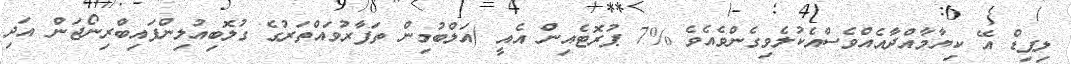
ލިޕިޑް އޭ ކިޔާމާއްދާއެއްވެސްއެކުލެވިގެންވެއެވެ %7 ޕުރޮޓެއިން އެއީ (އަލްބުމިން ތަފާރުވައްތަރުގެ ގުލޮބިއުލިންފައިބްރިނޯޖަން އަދި